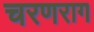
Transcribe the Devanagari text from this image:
चरणराग